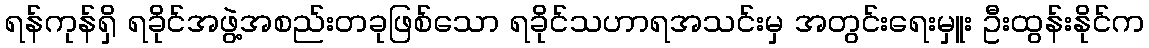
ရန်ကုန်ရှိ ရခိုင်အဖွဲ့အစည်းတခုဖြစ်သော ရခိုင်သဟာရအသင်းမှ အတွင်းရေးမှူး ဦးထွန်းနိုင်က